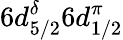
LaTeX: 6d_{5/2}^{\delta}6d_{1/2}^{\pi}